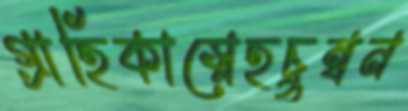
গ্রাহিকাস্নেহচুম্বন